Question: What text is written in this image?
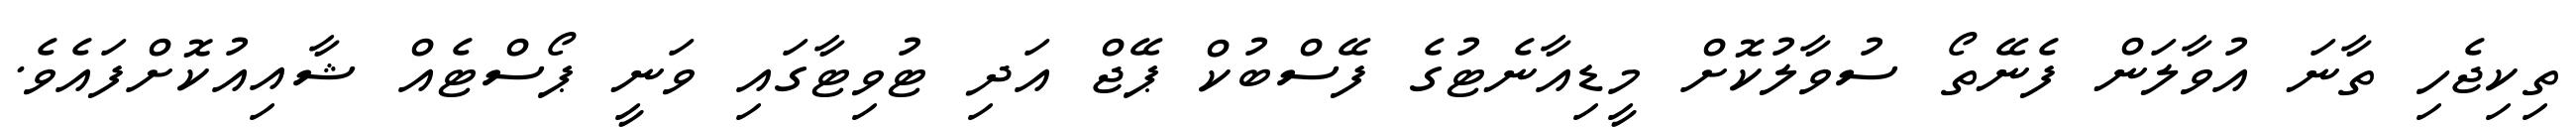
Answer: ތިކިޖެހި ތާނަ އުވާލަން ފެނޭތޯ ސުވާލުކޮށް މީޑިއާނެޓުގެ ފޭސްބުކް ޕޭޖް އަދި ޓުވިޓާގައި ވަނީ ޕޯސްޓެއް ޝާއިއުކޮށްފައެވެ.